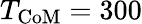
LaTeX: T_{\mathrm{CoM}}=300